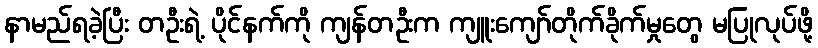
နာမည်ရခဲ့ပြီး တဦးရဲ့ ပိုင်နက်ကို ကျန်တဦးက ကျူးကျော်တိုက်ခိုက်မှုတွေ မပြုလုပ်ဖို့